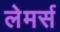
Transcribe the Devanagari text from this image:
लेमर्स